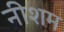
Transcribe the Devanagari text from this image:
नीशम